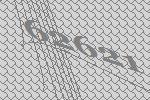
62621